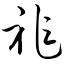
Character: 祚